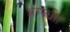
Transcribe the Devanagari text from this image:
अग्न्ध्रीा